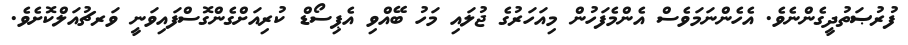
ފުރުޞަތުދީގެންނެވެ. އެހެންނަމަވެސް އެންމެފަހުން މިއަހަރުގެ ޖުލައި މަހު ބޭއްވި އެޕިސޯޑް ކުރިއަށްގެންގޮސްފައިވަނީ ވަރޗުއަލްކޮށެވެ.